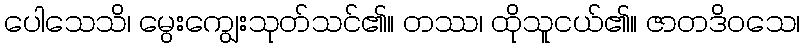
ပေါသေသိ၊ မွေးကျွေးသုတ်သင်၏။ တဿ၊ ထိုသူငယ်၏။ ဇာတဒိဝသေ၊